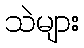
သဲများ